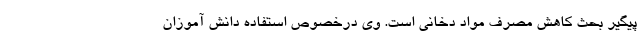
پیگیر بحث کاهش مصرف مواد دخانی است. وی درخصوص استفاده دانش آموزان